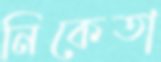
নিকেতা